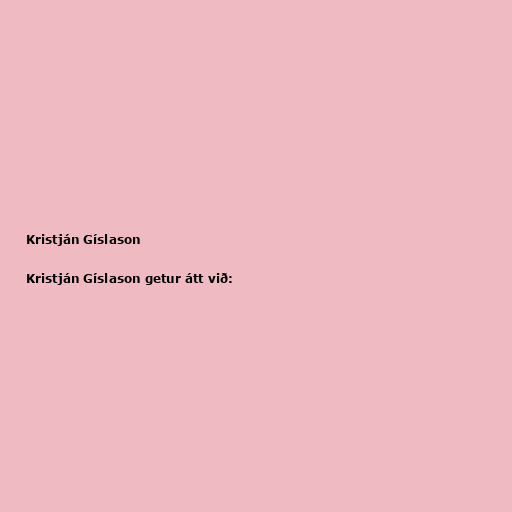
Kristján Gíslason

Kristján Gíslason getur átt við: